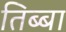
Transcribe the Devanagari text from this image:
तिब्बा